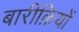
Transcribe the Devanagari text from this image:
बारीक़ियों